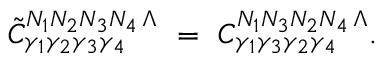
\tilde { C } _ { \gamma _ { 1 } \gamma _ { 2 } \gamma _ { 3 } \gamma _ { 4 } } ^ { N _ { 1 } N _ { 2 } N _ { 3 } N _ { 4 } \, \Lambda } \ = \ C _ { \gamma _ { 1 } \gamma _ { 3 } \gamma _ { 2 } \gamma _ { 4 } } ^ { N _ { 1 } N _ { 3 } N _ { 2 } N _ { 4 } \, \Lambda } .